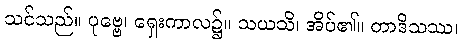
သင်သည်။ ပုဗ္ဗေ၊ ရှေးကာလ၌။ သယသိ၊ အိပ်၏။ တာဒိသဿ၊